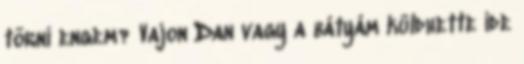
törni engem? Vajon Dan vagy a bátyám küldhette ide